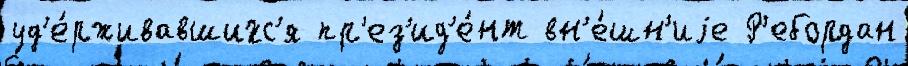
уд'е́рживавшихс'я пр'ез'ид'е́нт вн'е́шн'иjе Р'ебордан